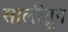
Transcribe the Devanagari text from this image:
सालीतून